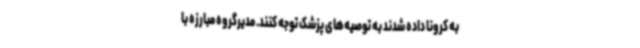
به کرونا داده شدند به توصیه‌های پزشک توجه کنند. مدیرگروه مبارزه با